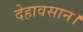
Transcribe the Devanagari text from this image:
देहावसान।